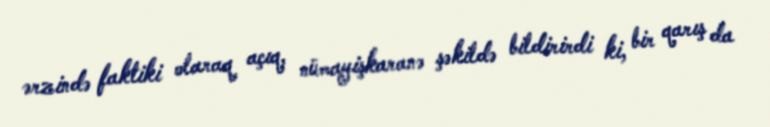
ərzində faktiki olaraq açıq, nümayişkaranə şəkildə bildirirdi ki, bir qarış da